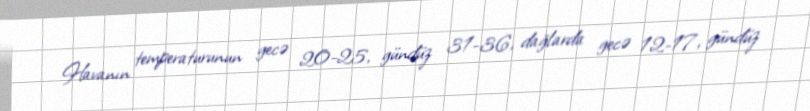
Havanın temperaturunun gecə 20-25, gündüz 31-36, dağlarda gecə 12-17, gündüz